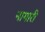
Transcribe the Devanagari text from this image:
नागारी